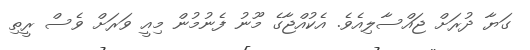
ގަޔާ ދުރަށް ޖައްސާލިއެވެ. އެކުއްޖާގެ މޫނު ފެނުމުން މިއީ ވަރަށް ވެސް ރީތި